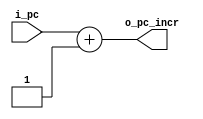
`timescale 1ns / 1ps
//////////////////////////////////////////////////////////////////////////////////
// Company: UNC FCEFyN
// 
// Design Name: 
// Module Name: PC_ADDER
// Project Name: MIPS
// Target Devices: 
// Tool Versions: 
// Description: 
// 
// Dependencies: 
// 
// Revision:
// Revision 0.01 - File Created
// Additional Comments:
// 
//////////////////////////////////////////////////////////////////////////////////


module PC_ADDER
    #(  //PARAMETERS
        parameter DATA_WIDTH = 32
    )
    (   //INPUTS
        input [DATA_WIDTH - 1:0]    i_pc,
        //OUTPUTS
        output [DATA_WIDTH - 1:0]   o_pc_incr
    );

    assign o_pc_incr = i_pc + 1;
endmodule